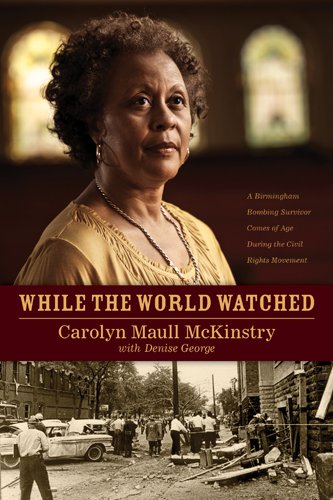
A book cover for While the World Watched: A Birmingham Bombing Survivor Comes of Age during the Civil Rights Movement; Carolyn Maull McKinstry; Christian Books & Bibles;